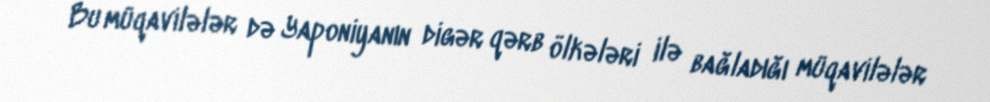
Bu müqavilələr də Yaponiyanın digər qərb ölkələri ilə bağladığı müqavilələr